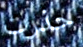
حذرت